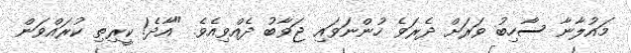
މައުލާނާ ސާހިބު ވަރަށް ދެރަވެ ހުންނަވައި ޖަވާބު ދެއްވިއެވެ. "އާދެ! ކީރިތި ކުރައްވަން